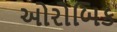
ઓરોબિક